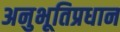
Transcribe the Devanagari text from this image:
अनुभूतिप्रधान